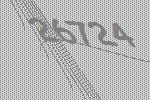
26724